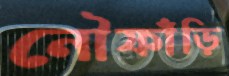
নৌফাঁড়ি